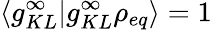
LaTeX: \langle g_{KL}^{\infty}\vert g_{KL}^{\infty}\rho_{eq}\rangle=1